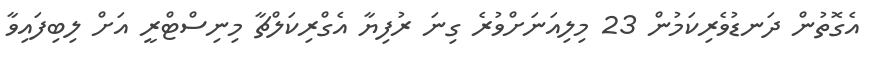
އެގޮތުން ދަނޑުވެރިކަމުން 23 މިލިއަނަށްވުރެ ގިނަ ރުފިޔާ އެގްރިކަލްޗާ މިނިސްޓްރީ އަށް ލިބިފައިވާ